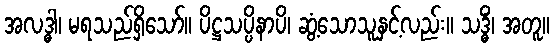
အလဒ္ဓါ၊ မရသည်ရှိသော်။ ပိဋ္ဌသပ္ပိနာပိ၊ ဆွံ့သောသူနှင့်လည်း။ သဒ္ဓိံ၊ အတူ။